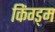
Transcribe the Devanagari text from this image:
किंग्ड्म